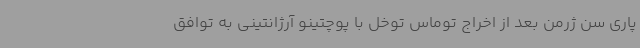
پاری سن ژرمن بعد از اخراج توماس توخل با پوچتینو آرژانتینی به توافق